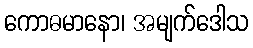
ကောဓမာနော၊ အမျက်ဒေါသ